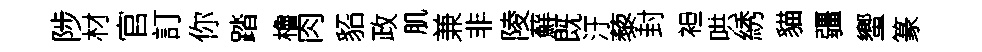
陟材官訂你踏櫓肉貂政肌兼非陵蘚既汙藜封袒哄綉貓疆蠁篆